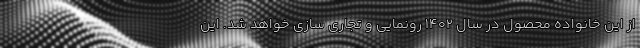
از این خانواده محصول در سال ۱۴۰۲ رونمایی و تجاری سازی خواهد شد. این